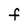
Character: F